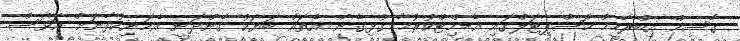
ގާސިމް އިބްރާހީމް ހޮސްޕިޓަލްގައި އެޑްމިޓްކުރުމާ ގުޅިގެން އެތައް ބަޔަކު ގެންދަނީ އެމަނިކުފާނަށް އަވަސް